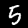
Digit: 5